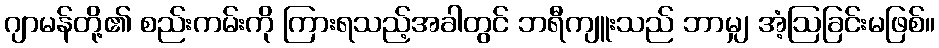
ဂျာမန်တို့၏ စည်းကမ်းကို ကြားရသည့်အခါတွင် ဘရီကျူးသည် ဘာမျှ အံ့ဩခြင်းမဖြစ်။